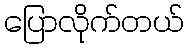
ပြောလိုက်တယ်